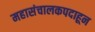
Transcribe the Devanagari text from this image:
महासंचालकपदाहून